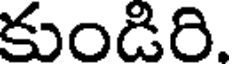
కుండిరి.